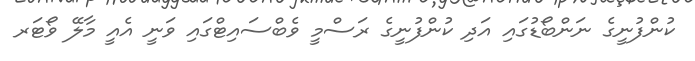
ކުންފުނީގެ ނަންބޯޑުގައި އަދި ކުންފުނީގެ ރަސްމީ ވެބްސައިޓްގައި ވަނީ އެއީ މާލޭ ވޯޓަރ